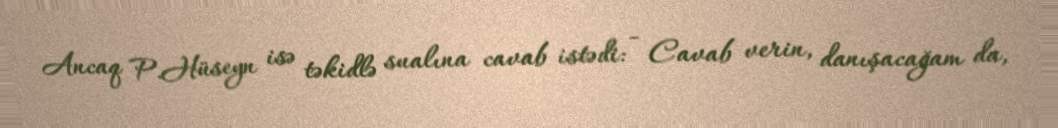
Ancaq P.Hüseyn isə təkidlə sualına cavab istədi: - Cavab verin, danışacağam da,